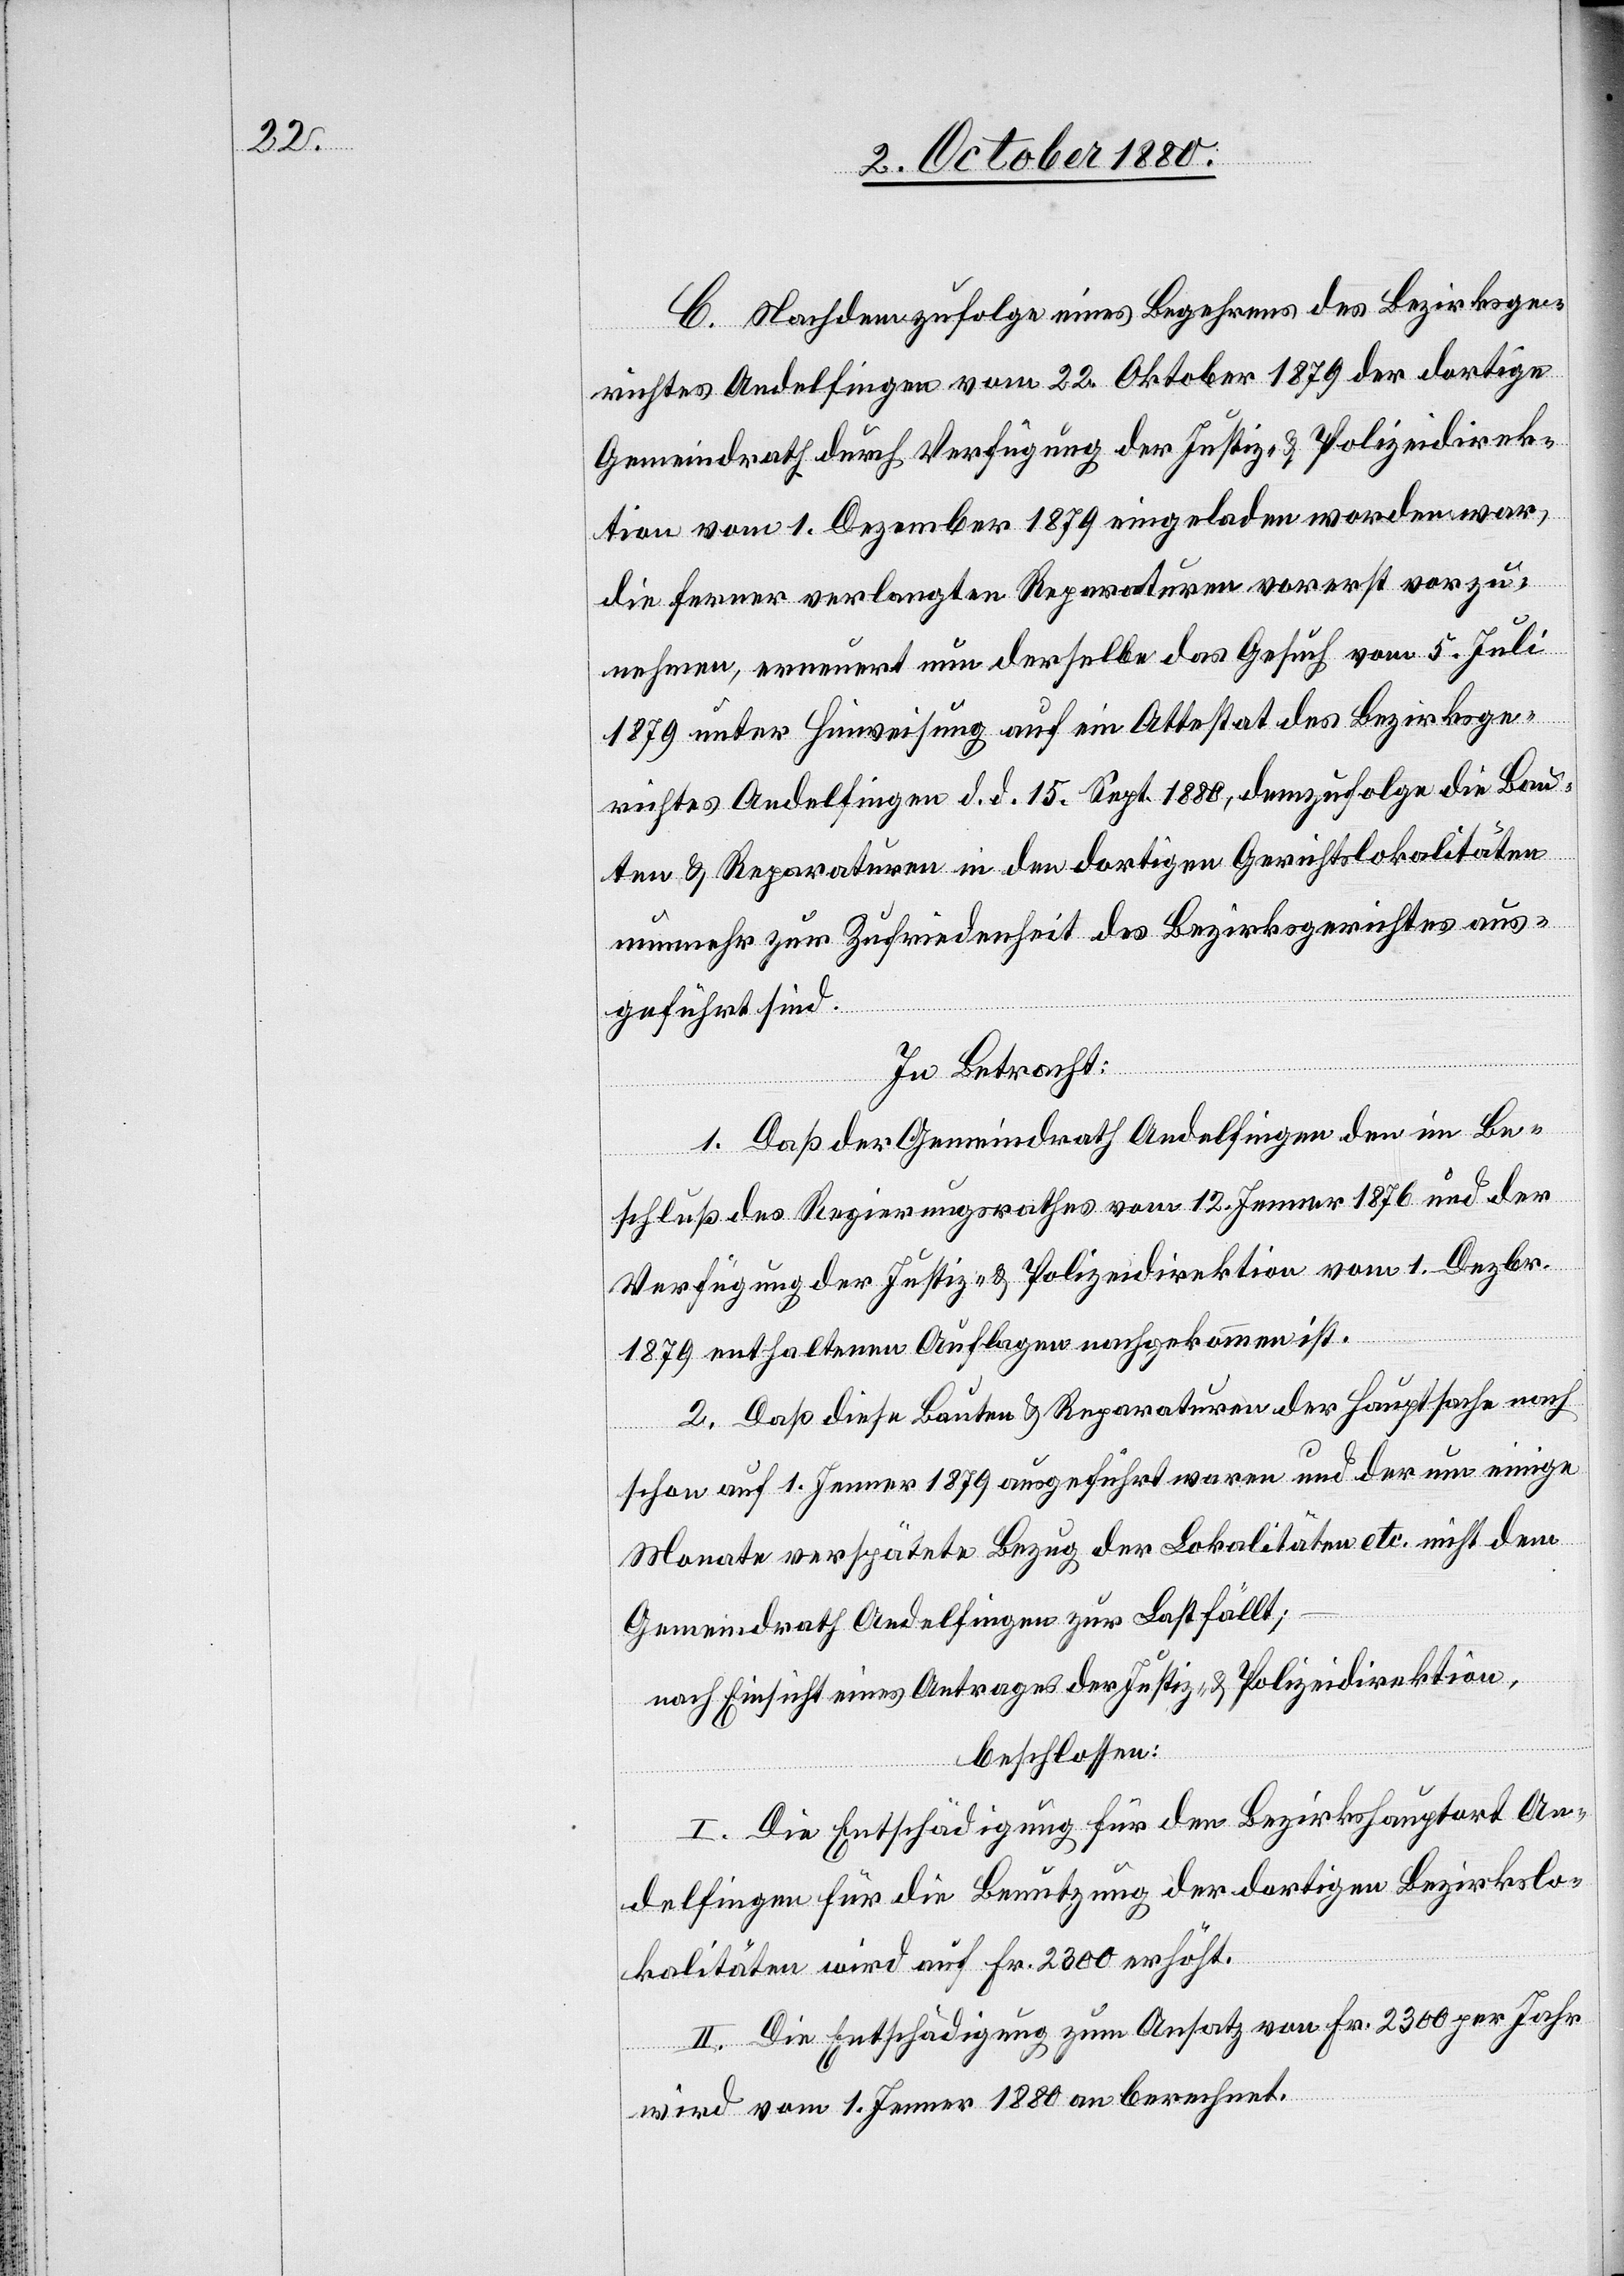
C. Nachdem zufolge eines Begehrens des Bezirksge¬
richtes Andelfingen vom 22. Oktober 1879 der dortige
Gemeindrath durch Verfügung der Justiz- & Polizeidirek¬
tion vom 1. Dezember 1879 eingeladen worden war,
die ferner verlangten Reparaturen vorerst vorzu¬
nehmen, erneuert nun derselbe das Gesuch vom 5. Juli
1879 unter Hinweisung auf ein Attestat des Bezirksge¬
richtes Andelfingen d. d. 15. Sept. 1880, demzufolge die Bau¬
ten & Reparaturen in den dortigen Gerichtslokalitäten
nunmehr zur Zufriedenheit des Bezirksgerichtes aus¬
geführt sind.
In Betracht:
1. Das der Gemeindrath Andelfingen den im Be¬
schluß des Regierungsrathes vom 12. Jenner 1876 und der
Verfügung der Justiz- & Polizeidirektion vom 1. Dezbr.
1879 enthaltenen Auflagen nachgekommen ist.
2. Daß diese Bauten & Reparaturen der Hauptsache nach
schon auf 1. Jenner 1879 ausgeführt waren und der nun einige
Monate verspätete Bezug der Lokalitäten etc. nicht dem
Gemeindrath Andelfingen zur Last fällt;
nach Einsicht eines Antrages der Justiz- & Polizeidirektion,
beschlossen:
I. Die Entschädigung für den Bezirkshauptort An¬
delfingen für die Benutzung der dortigen Bezirkslo¬
kalitäten wird auf Fr. 2300 erhöht.
II. Die Entschädigung zum Ansatz von Fr. 2300 per Jahr
wird vom 1. Jenner 1880 berechnet.